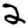
Digit: 2